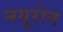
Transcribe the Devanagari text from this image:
नयूरोन